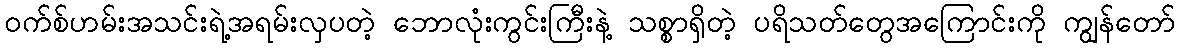
ဝက်စ်ဟမ်းအသင်းရဲ့အရမ်းလှပတဲ့ ဘောလုံးကွင်းကြီးနဲ့ သစ္စာရှိတဲ့ ပရိသတ်တွေအကြောင်းကို ကျွန်တော်